Relation of titanus [i.e. tetanus] to the hypodermic or intramuscular injection of quinine - Number 43
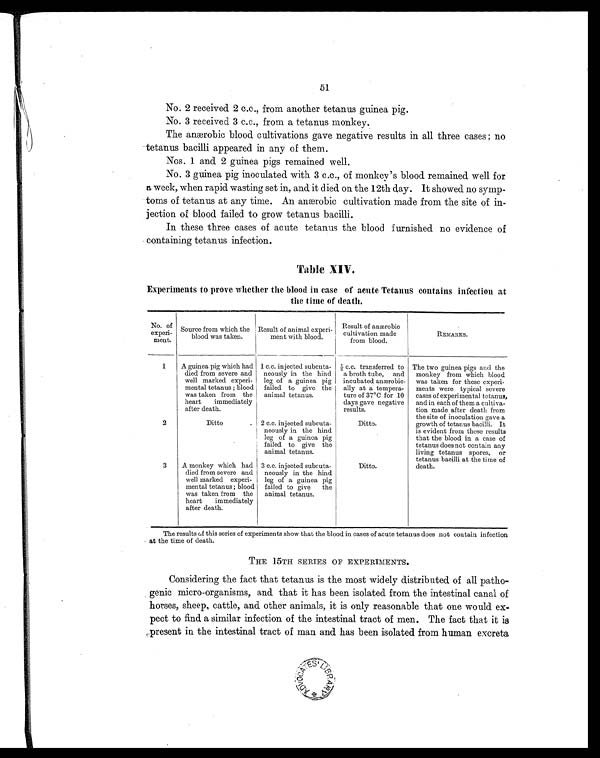
51
No. 2 received 2 c.c., from another tetanus guinea pig.
No. 3 received 3 c.c., from a tetanus monkey.
The anærobic blood cultivations gave negative results in all three cases ; no
tetanus bacilli appeared in any of them.
Nos. 1 and 2 guinea pigs remained well.
No. 3 guinea pig inoculated with 3 c.c., of monkey's blood remained well for
a week, when rapid wasting set in, and it died on the 12th day. It showed no symp-
toms of tetanus at any time. An anærobic cultivation made from the site of in-
jection of blood failed to grow tetanus bacilli.
In these three cases of acute tetanus the blood furnished no evidence of
containing tetanus infection.
Table XIV.
Experiments to prove whether the blood in case of acute Tetanus contains infection at
the time of death.
No. of
experi-
meat.
Source from which the
blood was taken.
Result of animal experi-
meat with blood.
Result of anærobic
cultivation made
from blood.
REMARKS.
1
A guinea pig which had
died from severe and
well marked experi-
mental tetanus ; blood
was taken from the
heart immediately
after death.
1 c.c. injected subcuta-
neously in the hind
leg of a guinea pig
failed to give the
animal tetanus.
½ c.c. transferred to
a broth tube, and
incubated anærobic-
ally at a tempera-
ture of 37°C for 10
days gave negative
results.
The two guinea pigs and the
monkey from which blood
was taken for these experi-
ments were typical severe
cases of experimental tetanus,
and in each of them a cultiva-
tion made after death from
the site of inoculation gave a
growth of tetanus bacilli. It
is evident from these results
that the blood in a case of
tetanus does not contain any
living tetanus spores, or
tetanus bacilli at the time of
death.
2
Ditto
. 2 c.c. injected subcuta-
neously in the hind
leg of a guinea pig
failed to give the
animal tetanus.
Ditto.
3
A monkey which had
died from severe and
well marked experi-
mental tetanus ; blood
was taken from the
heart immediately
after death.
3 c.c. injected subcuta-
neously in the hind
leg of a guinea pig
failed to give the
animal tetanus.
Ditto.
The results of this series of experiments show that the blood in cases of acute tetanus does not contain infection
at the time of death.
THE 15TH SERIES OF EXPERIMENTS.
Considering the fact that tetanus is the most widely distributed of all patho-
genic micro-organisms, and that it has been isolated from the intestinal canal of
horses, sheep, cattle, and other animals, it is only reasonable that one would ex-
pect to find a similar infection of the intestinal tract of men. The fact that it is
present in the intestinal tract of man and has been isolated from human excreta